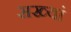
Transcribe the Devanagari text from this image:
सख्यां